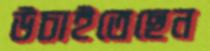
উচাইতেছেন